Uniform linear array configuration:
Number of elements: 4
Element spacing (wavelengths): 0.75
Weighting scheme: blackman
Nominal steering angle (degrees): -60
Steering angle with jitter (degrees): -59.436
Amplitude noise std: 0.05
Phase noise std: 0.05

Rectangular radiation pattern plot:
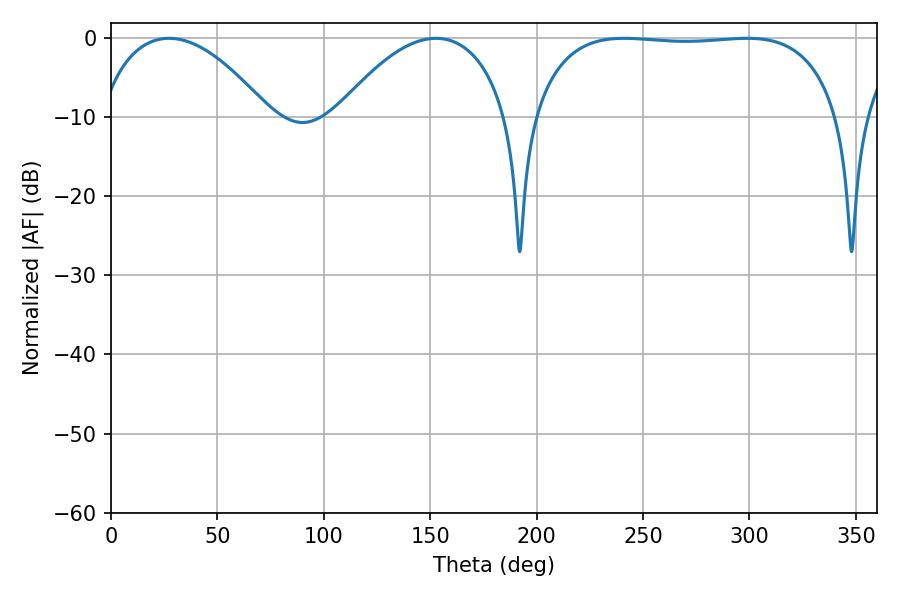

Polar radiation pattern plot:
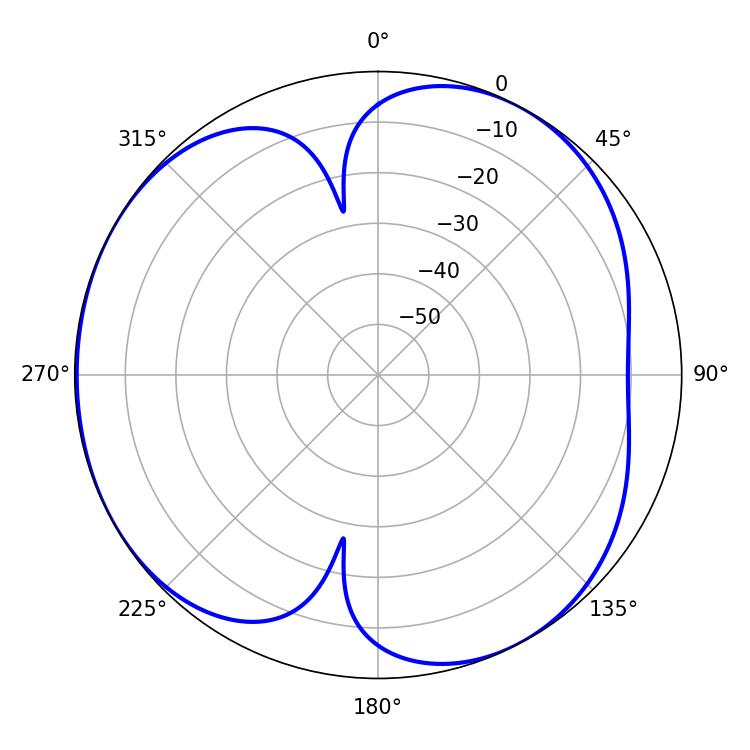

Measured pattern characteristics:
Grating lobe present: TRUE
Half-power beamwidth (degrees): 114.12
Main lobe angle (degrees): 241.02